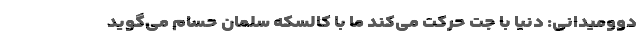
دوومیدانی: دنیا با جت حرکت می‌کند ما با کالسکه سلمان حسام می‌گوید